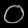
Digit: ၀